Vital statistics of India. Vol. VI, European troops 1870-79
Year: 1870
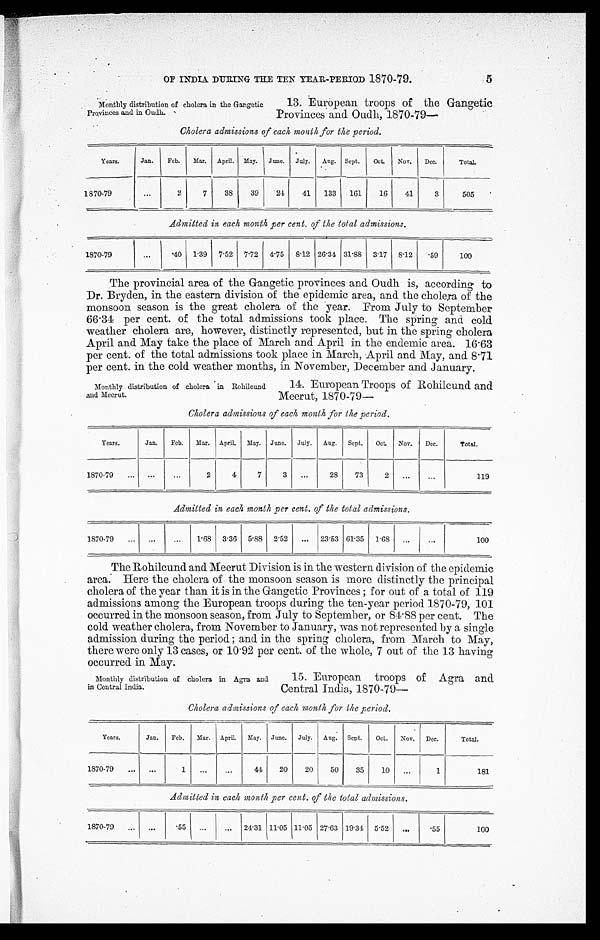
OF INDIA DURING THE TEN YEAR-PEEIOD 1870-79.
5
Monthly distribution of cholera in the Gangetic
Provinces and in Oudh.
13. European troops of the Gangetic
Provinces and Oudh, 1870-79—
Cholera admissions of each month for the period.
Years.
Jan.
Feb.
Mar.
April.
May.
June.
July.
Aug.
Sept.
Oct.
Nov.
Dec.
Total.
1870-79
...
2
7
38
39
2 4
41
133
161
16
41
3
505
Admitted in each month per cent. of the total admissions.
1870-79
...
40
1.39
7.52
7.72 4.75 8 . 12 26. 34 31.88 3 . 17 8 . 12
. 59
100
The provincial area of the Gangetic provinces and Oudh is, according to
Dr. Dryden, in the eastern division of the epidemic area, and the cholera of the
monsoon season is the great cholera of the year. From July to September
66 . 34 per cent. of the total admissions took place. The spring and cold
weather cholera are, however, distinctly represented, but in the spring cholera
April and May take the place of March and April in the endemic area. 16.63
per cent. of the total admissions took place in March, April and May, and 8.71
per cent. in the cold weather months, in November, December and January.
Monthly distribution of cholera in Rohilcund
and Meerut.
14. European Troops of Rohilcund and
Meerut, 1870-79—
Cholera admissions of each month for the period.
Years.
Jan.
Feb.
Mar.
April.
May.
June.
July.
Aug.
Sept.
Oct.
Nov.
Dee.
Total.
1870-79
...
...
...
2
4
7
3
...
28
73
2
. . .
...
119
Admitted in each month per cent. of the total admissions.
1870-79
...
...
...
1.68 3.36
5 . 88
2.52
...
23.53 61 . 35
1.68
...
...
100
The Rohilcund and Meerut Division is in the western division of the epidemic
area. Here the cholera of the monsoon season is more distinctly the principal
cholera of the year than it is in the Gangetic Provinces ; for out of a total of 119
admissions among the European troops during the ten-year period 1870-79, 101
occurred in the monsoon season, from July to September, or 84 . 88 per cent. The
cold weather cholera, from November to January, was not represented by a single
admission during the period ; and in the spring cholera, from March to May,
there were only 13 cases, or 10.92 per cent. of the whole, 7 out of the 13 having
occurred in May.
Monthly distribution of cholera in Agra and
in Central India.
15. European troops of Agra and
Central India,1870-79—
Cholera admissions of each month for the period.
Years.
Jan.
Feb.
Mar.
April.
May.
June.
July.
Aug.
Sept.
Oct.
Nov.
Dec.
Total.
1870-79
...
. . .
1
...
...
44
20
20
50
35
10
...
1
181
Admitted in each month per cent. of the total admissions.
1870-79
...
...
55 ...
...
24.31 11 . 05 11 . 05 27 . 63 19.34
5.52
. . .
55
100